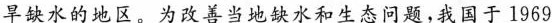
旱缺水的地区。为改善当地缺水和生态问题，我国于1969